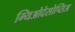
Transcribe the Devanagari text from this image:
म्यिओदेसोप्सिअ